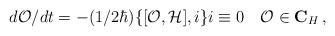
LaTeX: \begin{align*}d{\cal O}/dt = -(1/2\hbar)\{[{\cal O}, {\cal H}], i\}i \equiv 0\quad{\cal O} \in {\bf C}_{H}\,,\end{align*}